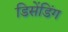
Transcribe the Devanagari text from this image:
डिसेंडिंग